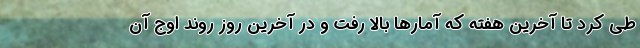
طی کرد تا آخرین هفته که آمارها بالا رفت و در آخرین روز روند اوج آن